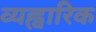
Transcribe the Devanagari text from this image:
व्यह्वारिक